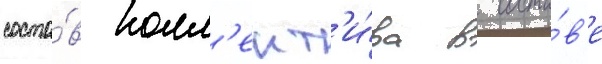
соста́в колл'ект'и́ва в соста́в'е